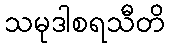
သမုဒါစရသီတိ